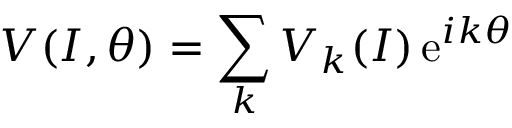
{ \cal V } ( I , \theta ) = \sum _ { k } { \cal V } _ { k } ( I ) \, \mathrm { e } ^ { i k \theta }